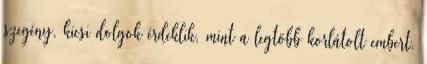
szegény, kicsi dolgok érdeklik, mint a legtöbb korlátolt embert.